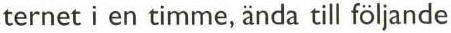
ternet i en timme, ända till följande